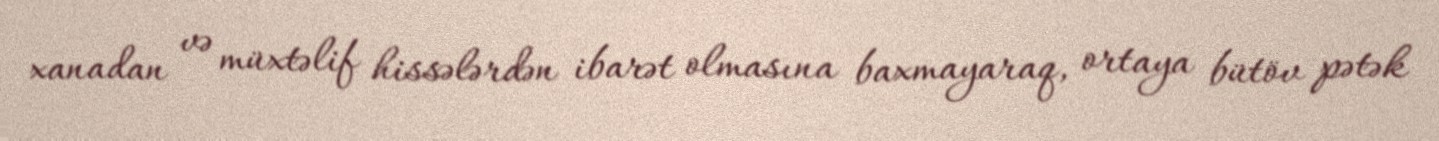
xanadan və müxtəlif hissələrdən ibarət olmasına baxmayaraq, ortaya bütöv pətək